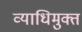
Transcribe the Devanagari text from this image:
व्याधिमुक्त